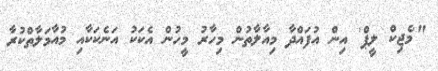
"'މެޖިކް ލީޕް' އިން އުފައްދާ މިއާލާތުން މިހާރު މީހުން އެކަކު އަނެކަކާއި މުއާމަލާތްކުރާ